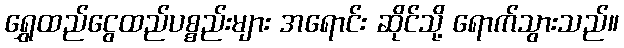
ရွှေထည်ငွေထည်ပစ္စည်းများ အရောင်း ဆိုင်သို့ ရောက်သွားသည်။